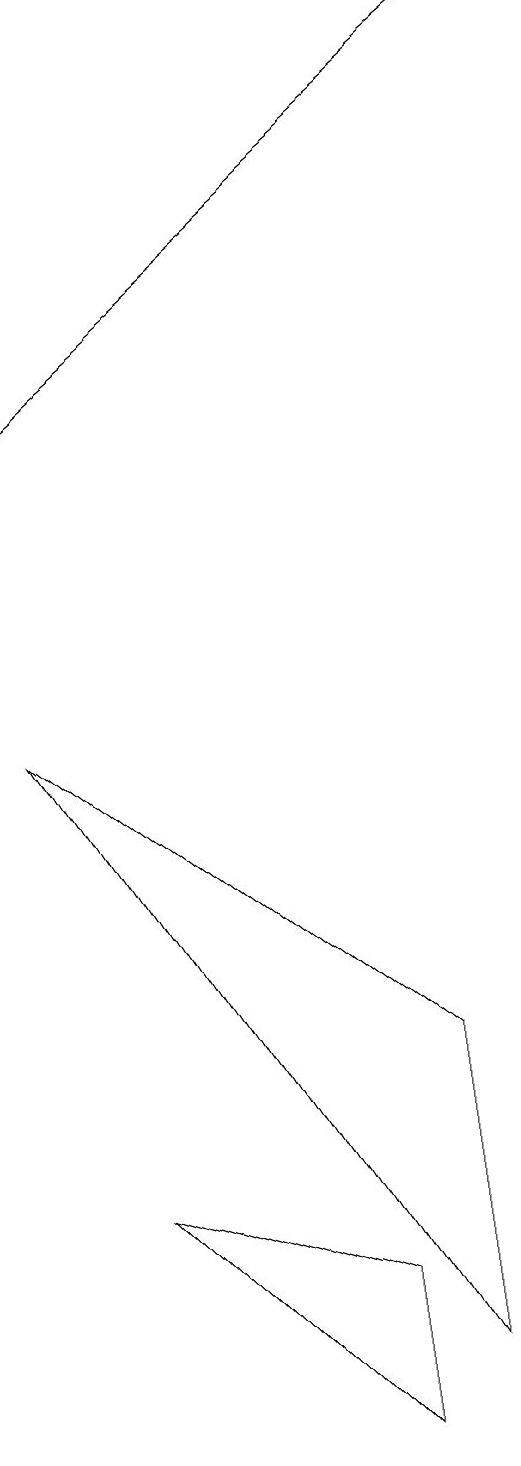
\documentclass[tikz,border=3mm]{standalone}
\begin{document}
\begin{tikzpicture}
\draw (4,3) -- (7,2) -- (7,0) -- cycle;
\draw (3,9) -- (8,1) -- (8,5) -- cycle;
\draw[->] (9,18) -- (3,13);
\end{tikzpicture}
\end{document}